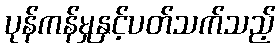
ပုန်ကန်မှုနှင့်ပတ်သက်သည့်